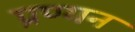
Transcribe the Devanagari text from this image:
प्रण्यन